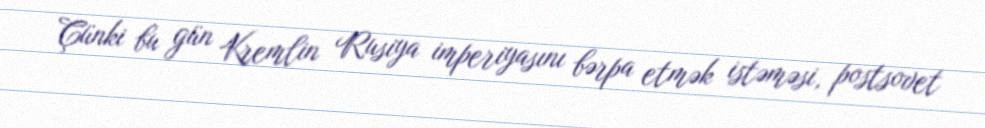
Çünki bu gün Kremlin Rusiya imperiyasını bərpa etmək istəməsi, postsovet